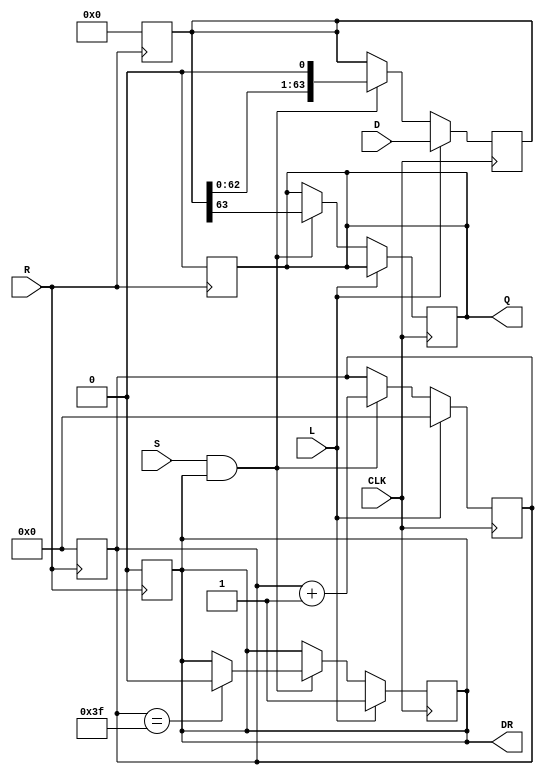
module PISO_Register (
    input wire [63:0] D,     // 64-bit parallel data input
    input wire L,            // Load control signal
    input wire CLK,          // Clock signal
    input wire S,            // Shift control signal
    input wire R,            // Asynchronous reset signal
    output reg Q,            // Serial output
    output reg DR            // Data ready output
);

    reg [63:0] SR;           // Shift register
    reg [5:0] counter;       // 6-bit counter to track shifted bits

    // Asynchronous reset
    always @(posedge R) begin
        SR <= 64'b0;         // Clear shift register
        Q <= 1'b0;           // Clear serial output
        counter <= 6'b0;     // Clear counter
        DR <= 1'b0;          // Clear data ready signal
    end

    // Main operation on clock edge
    always @(posedge CLK) begin
        if (L) begin
            SR <= D;         // Load data into shift register
            counter <= 6'b0; // Reset counter
            DR <= 1'b1;      // Indicate data is ready
        end else if (S && DR) begin
            Q <= SR[63];     // Output the MSB of the shift register
            SR <= SR << 1;   // Shift left, effectively discarding the MSB
            counter <= counter + 1; // Increment counter
            if (counter == 6'd63) begin
                DR <= 1'b0;  // Data is no longer ready after shifting all bits
            end
        end
    end

endmodule